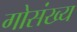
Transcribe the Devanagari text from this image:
गोसंख्य